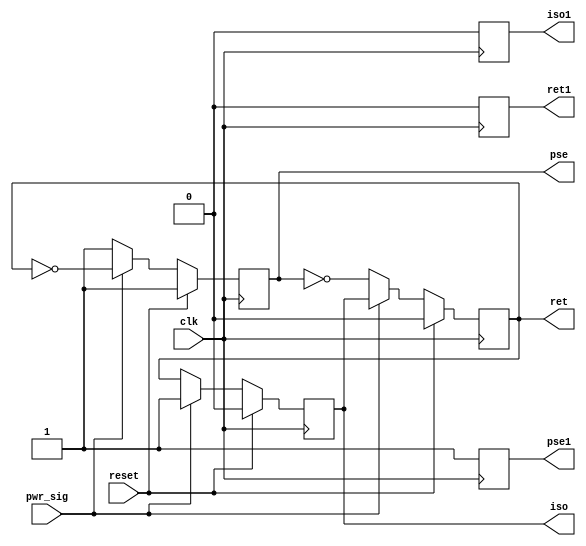
module powercontrol_final(clk, reset, pwr_sig, pse, iso, ret, pse1, iso1, ret1);
  input clk;
  input reset;
  input pwr_sig;
  output reg pse;
  output reg iso;
  output reg ret;
  output reg pse1;
  output reg iso1;
  output reg ret1;
  //reg count_delay;

  always @(posedge clk)
begin 
      iso1 <= 1'b0;
      ret1 <= 1'b0;
      pse1 <= 1'b1;

   if (reset) begin
      iso <= 1'b0;
      ret <= 1'b0;
      pse <= 1'b1;      
     end else if (!reset) begin
	if (pwr_sig == 1) begin
	iso <= 1'b1;
        ret <= iso;
        pse <= !ret;
        end
        if (pwr_sig == 0) begin
       	pse <= 1'b1;
        ret <= !pse;
        iso <= ret;
        end
    end
end

endmodule